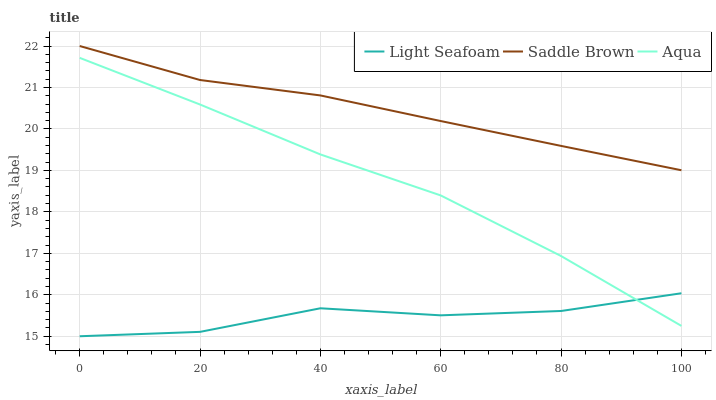
| xaxis_label | Light Seafoam | Saddle Brown | Aqua |
 | --- | --- | --- | --- |
 | 0 | 15 | 22 | 21.7 |
 | 20 | 15.1 | 21.2 | 20.6 |
 | 40 | 15.7 | 20.8 | 19.4 |
 | 60 | 15.5 | 20.2 | 18.4 |
 | 80 | 15.6 | 19.6 | 16.9 |
 | 100 | 16 | 19 | 15.2 |